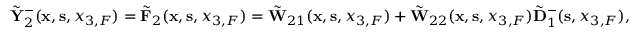
\begin{array} { r } { \tilde { \bf Y } _ { 2 } ^ { - } ( { { \bf x } } , { { \bf s } } , { x _ { 3 , F } } ) = \tilde { \bf F } _ { 2 } ( { { \bf x } } , { { \bf s } } , { x _ { 3 , F } } ) = \tilde { \bf W } _ { 2 1 } ( { { \bf x } } , { { \bf s } } , { x _ { 3 , F } } ) + \tilde { \bf W } _ { 2 2 } ( { { \bf x } } , { { \bf s } } , { x _ { 3 , F } } ) \tilde { \bf D } _ { 1 } ^ { - } ( { \bf s } , x _ { 3 , F } ) , } \end{array}